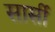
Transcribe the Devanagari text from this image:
सार्सी